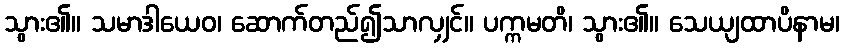
သွား၏။ သမာဒါယေဝ၊ ဆောက်တည်၍သာလျှင်။ ပက္ကမတိ၊ သွား၏။ သေယျထာပိနာမ၊